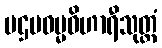
ပဌမဓမ္မဝိဟာရီသုတ္တံ